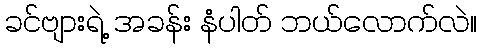
ခင်ဗျားရဲ့ အခန်း နံပါတ် ဘယ်လောက်လဲ။